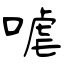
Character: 㖸